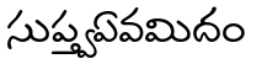
సుప్త్వఏవమిదం